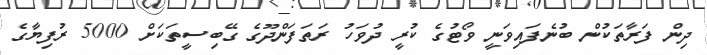
ދިން ފަރާތަކުން ބުނެފައިވަނީ ވޯޓުގެ ކުރީ ދުވަހު ރަތަފަންދޫގެ ގޭބިސީތަކަށް 5000 ރުފިޔާގެ